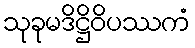
သုခုမဒိဋ္ဌိဝိပဿကံ